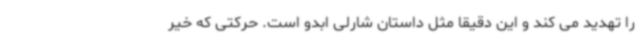
را تهدید می کند و این دقیقا مثل داستان شارلی ابدو است. حرکتی که خیر